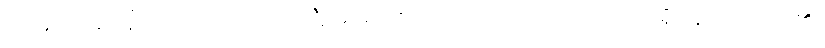
ကြမ်းပြင်ပေါ်၌ ကျောက်ပလ္လင်ကြီးများ ဖြစ်ပေါ်လျက် လည်းကောင်း ရှိနေတတ်ပေ၏။